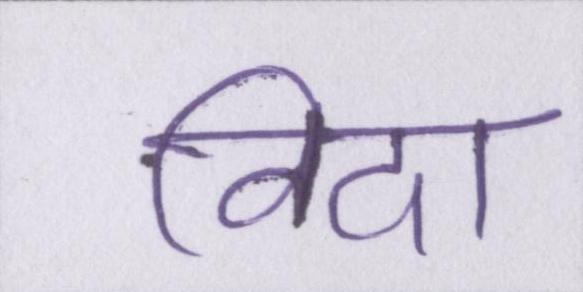
विदा